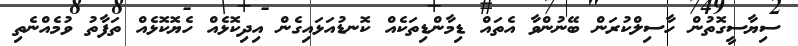
ސިޔާސީގޮތުން ހާސިލްކުރަން ބޭނުންވާ އެތައް ޑިމާންޑިތަކެއް ކޮނޑުއަޅައިގެން އިދިކޮޅެއް ހެޔޮކޮޅެއް ތަފާތު ވުމެއްނެތި